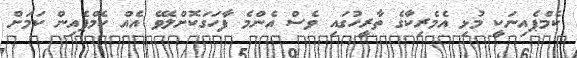
ކެމްޕެއިނަކީ މުޅި އެމެރިކާގެ ތާރީހުގައި ވެސް އެންމެ ފާހަގަކޮށްލެވޭ އެއް ކެމްޕެއިން ކަމަށް